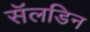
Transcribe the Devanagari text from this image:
सॅलडिन